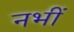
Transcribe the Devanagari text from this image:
नभीं